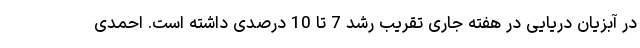
در آبزیان دریایی در هفته جاری تقریب رشد 7 تا 10 درصدی داشته است. احمدی